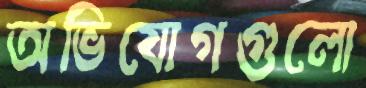
অভিযোগগুলো